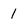
Character: 1